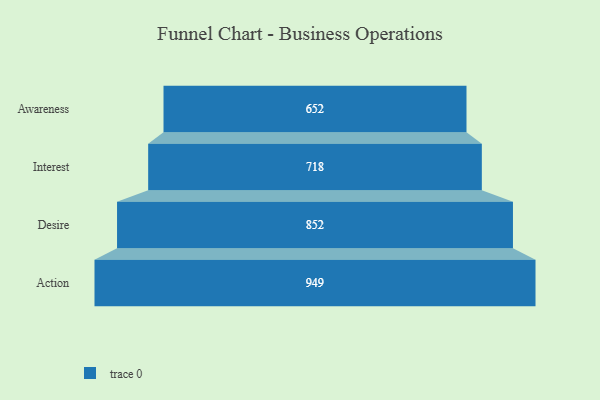
{"axis": {"x": "Stage", "y": "Value"}, "legend": [""], "data": [{"x": "Awareness", "y": 652.0, "type": ""}, {"x": "Interest", "y": 718.0, "type": ""}, {"x": "Desire", "y": 852.0, "type": ""}, {"x": "Action", "y": 949.0, "type": ""}]}